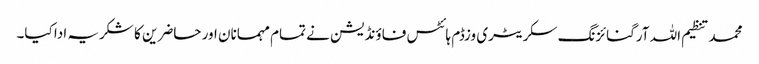
محمد تنظیم اللہ آرگنائزنگ سکریٹری وزڈم ہائٹس فاؤنڈیشن نے تمام مہمانان اور حاضرین کا شکریہ ادا کیا۔